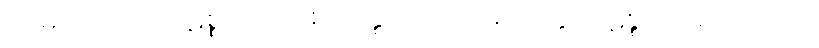
ပဌမတတိယာ ပဋိစ္စ ဒုတိယစတုတ္ထာ, ဒုတိယစတုတ္ထာ ပဋိစ္စ ပဌမတတိယာ,